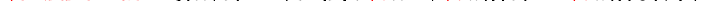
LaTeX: \smash{\ensuremath{F_{\! s}}(k,t)\equiv\smash{\bigl\langle\exp\bigl\{ i\v{k}\cdot\bigl[\v{x}_{\alpha}(t)-\v{x}_{\alpha}(0)\bigr]\bigr\} \bigr\rangle}}